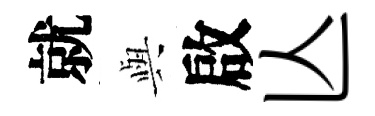
就𫤰啟亾